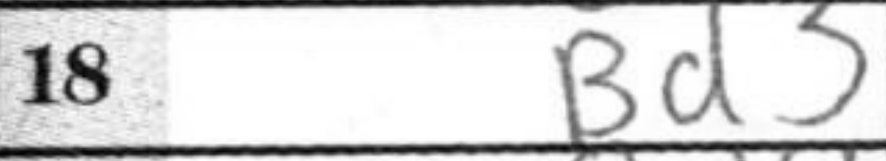
Transcription: Bd3